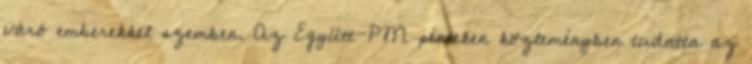
váró emberekkel szemben. Az Együtt-PM pénteken közleményben tudatta az